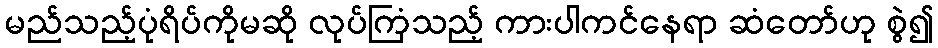
မည်သည့်ပုံရိပ်ကိုမဆို လုပ်ကြံသည့် ကားပါကင်နေရာ ဆံတော်ဟု စွဲ၍